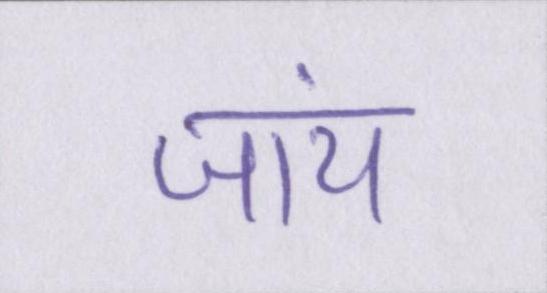
जांय